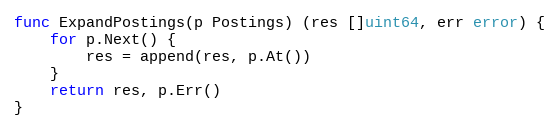
Language: Go
func ExpandPostings(p Postings) (res []uint64, err error) {
	for p.Next() {
		res = append(res, p.At())
	}
	return res, p.Err()
}